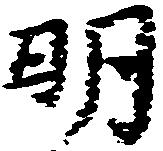
明